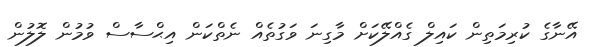
އޭނާގެ ކުރިމަތިން ކައިލް ގެއްލޭކަށް މާގިނަ ވަގުތެއް ނެތްކަން އިޙްސާސް ވުމުން ލޮލުން